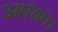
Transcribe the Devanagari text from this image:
असंयम।